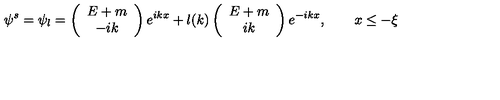
\psi ^ { s } = \psi _ { l } = \left( \begin{array} { c } { E + m } \\ { - i k } \\ \end{array} \right) e ^ { i k x } + l ( k ) \left( \begin{array} { c } { E + m } \\ { i k } \\ \end{array} \right) e ^ { - i k x } , \qquad x \leq - \xi